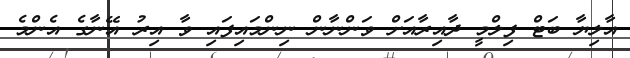
އާލިޔާ ބަޓް ފިލްމީ ދާއިރާއަށް ވަންނާން ނިންމައިފައި ވާ އިރު އޭނާގެ އެންމެ